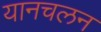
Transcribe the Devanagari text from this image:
यानचलन